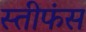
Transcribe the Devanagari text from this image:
स्तीफंस